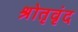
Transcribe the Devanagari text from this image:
श्रोतृवृंद